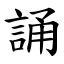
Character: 誦